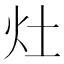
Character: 灶